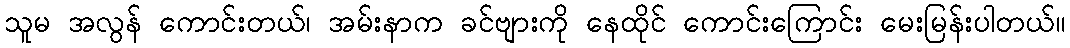
သူမ အလွန် ကောင်းတယ်၊ အမ်းနာက ခင်ဗျားကို နေထိုင် ကောင်းကြောင်း မေးမြန်းပါတယ်။